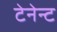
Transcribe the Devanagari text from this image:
टेनेन्ट